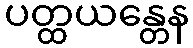
ပတ္ထယန္တေန